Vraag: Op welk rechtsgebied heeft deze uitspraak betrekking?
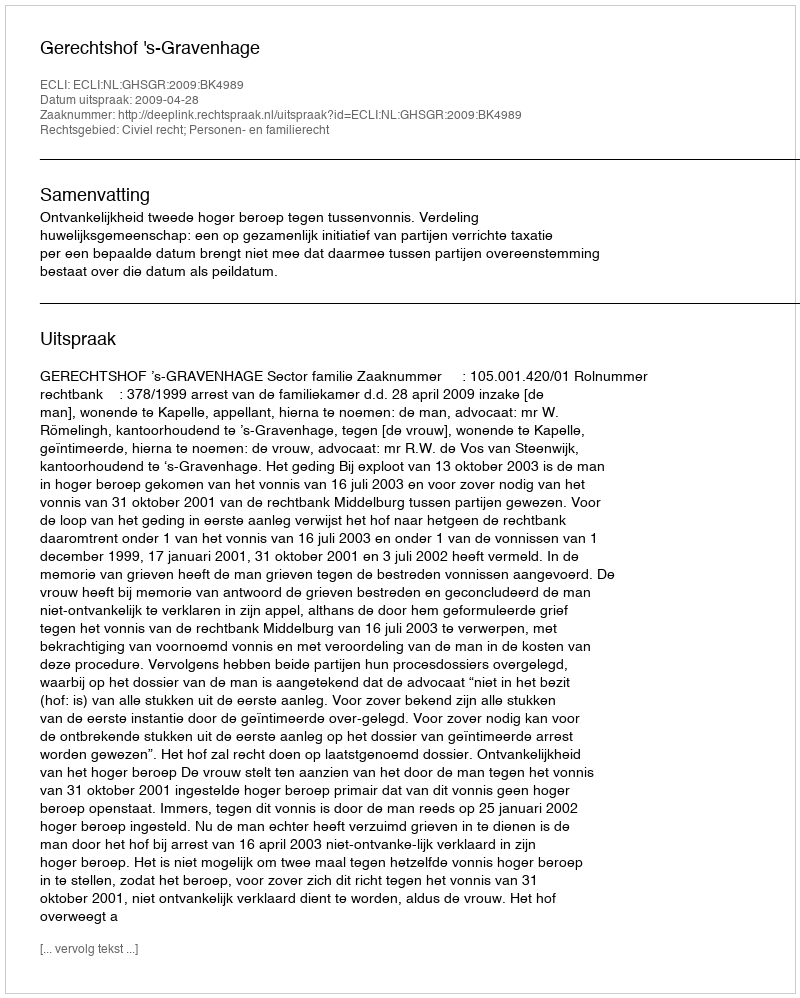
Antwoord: Civiel recht; Personen- en familierecht